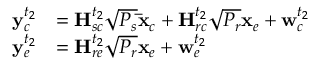
\begin{array} { r l } { { \bf { y } } _ { c } ^ { { t _ { 2 } } } } & { = { \bf { H } } _ { s c } ^ { { t _ { 2 } } } \sqrt { { P _ { s } } } { { \bf { \bar { x } } } _ { c } } + { \bf { H } } _ { r c } ^ { { t _ { 2 } } } \sqrt { { P _ { r } } } { { \bf { x } } _ { e } } + { \bf { w } } _ { c } ^ { { t _ { 2 } } } } \\ { { \bf { y } } _ { e } ^ { { t _ { 2 } } } } & { = { \bf { H } } _ { r e } ^ { { t _ { 2 } } } \sqrt { { P _ { r } } } { { \bf { x } } _ { e } } + { \bf { w } } _ { e } ^ { { t _ { 2 } } } } \end{array}